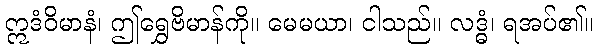
ဣဒံဝိမာနံ၊ ဤရွှေဗိမာန်ကို။ မေမယာ၊ ငါသည်။ လဒ္ဓံ၊ ရအပ်၏။